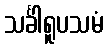
သင်္ခါရူပသမံ